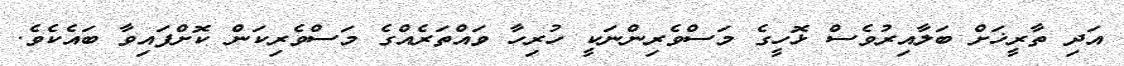
އަދި ތާރީޚަށް ބަލާއިރުވެސް ޅޮހީގެ މަސްވެރިންނަކީ ހުރިހާ ވައްތަރެއްގެ މަސްވެރިކަން ކޮށްފައިވާ ބައެކެވެ.